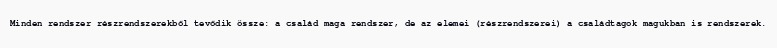
Minden rendszer részrendszerekből tevődik össze: a család maga rendszer, de az elemei (részrendszerei) a családtagok magukban is rendszerek.